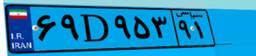
۶۹D۹۵۳۹۱